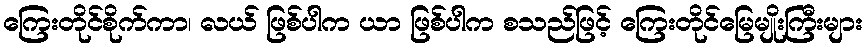
ကြေးတိုင်စိုက်ကာ၊ လယ် ဖြစ်ပါက ယာ ဖြစ်ပါက စသည်ဖြင့် ကြေးတိုင်မြေမျိုးကြီးများ